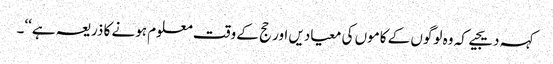
کہہ دیجیے کہ وہ لوگوں کے کاموں کی معیادیں اور حج کے وقت معلوم ہونے کا ذریعہ ہے‘‘۔